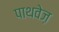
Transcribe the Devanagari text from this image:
पाथवेज़